Annual returns of the Patna Lunatic Asylum at Bankipore in Bihar and Orissa - 1912-1924
Year: 1912
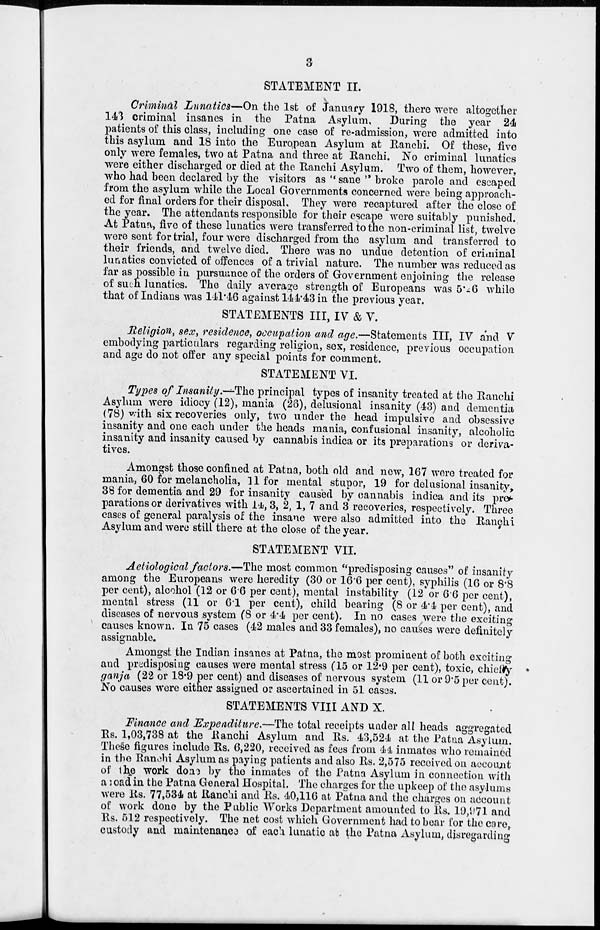
3
STATEMENT II.
Criminal Lunatics—On the 1st of January 1918, there were altogether
143 criminal insanes in the Patna Asylum.
During the year 24
patients of this class, including one case of re-admission, were admitted into
this asylum and 18 into the European Asylum at Ranchi. Of these, five
only were females, two at Patna and three at Ranchi. No criminal lunatics
were either discharged or died at the Ranchi Asylum. Two of them, however,
who had been declared by the visitors as " sane " broke parole and escaped
from the asylum while the Local Governments concerned were being approach-
ed for final orders for their disposal. They were recaptured after the close of
the year. The attendants responsible for their escape were suitably punished.
At Patna, five of these lunatics were transferred to the non-criminal list, twelve
were sent for trial, four were discharged from the asylum and transferred to
their friends, and twelve died. There was no undue detention of criminal
lunatics convicted of offences of a trivial nature. The number was reduced as
far as possible in pursuance of the orders of Government enjoining the release
of such lunatics. The daily average strength of Europeans was 5.-6 while
that of Indians was 141.46 against 144.43 in the previous year.
STATEMENTS III, IV & V.
Religion, sex, residence, occupation and age.—Statements III, IV and V
embodying particulars regarding religion, sex, residence, previous occupation
and age do not offer any special points for comment.
STATEMENT VI.
Types of Insanity.—The principal types of insanity treated at the Ranchi
Asylum were idiocy (12), mania (26), delusional insanity (43) and dementia
(78) with six recoveries only, two under the head impulsive and obsessive
insanity and one each under the heads mania, confusional insanity, alcoholic
insanity and insanity caused by cannabis indica or its preparations or deriva-
tives.
Amongst those confined at Patna, both old and new, 167 were treated for
mania, 60 for melancholia, 11 for mental stupor, 19 for delusional insanity,
38 for dementia and 29 for insanity caused by cannabis indica and its pre-
parations or derivatives with 14, 3, 2, 1, 7 and 3 recoveries, respectively. Three
cases of general paralysis of the insane were also admitted into the Ranchi
Asylum and were still there at the close of the year.
STATEMENT VII.
Aetiological factors.—The most common "predisposing causes" of insanity
among the Europeans were heredity (30 or 16.6 per cent), syphilis (16 or 8.8
per cent), alcohol (12 or 6.6 per cent), mental instability (12 or 6.6 per cent),
mental stress (11 or 6.1 per cent), child bearing (8 or 4.4 per cent), and
diseases of nervous system (8 or 4.4 per cent). In no cases were the exciting
causes known. In 75 cases (42 males and 33 females), no causes were definitely
assignable.
Amongst the Indian insanes at Patna, the most prominent of both exciting
and predisposing causes were mental stress (15 or 12.9 per cent), toxic, chiefly
ganja (22 or 18.9 per cent) and diseases of nervous system (11 or 9.5 per cent).
No causes were either assigned or ascertained in 51 cases.
STATEMENTS VIII AND X.
Finance and Expenditure.—The total receipts under all heads aggregated
Rs. 1,03,738 at the Ranchi Asylum and Rs. 43,524 at the Patna Asylum.
These figures include Rs. 6,220, received as fees from 44 inmates who remained
in the Ranchi Asylum as paying patients and also Rs. 2,575 received on account
of the work done by the inmates of the Patna Asylum in connection with
a road in the Patna General Hospital. The charges for the upkeep of the asylums
were Rs. 77,534 at Ranchi and Rs. 40,116 at Patna and the charges on account
of work done by the Public Works Department amounted to Rs. 19,971 and
Rs. 512 respectively. The net cost which Government had to bear for the care,
custody and maintenance of each lunatic at the Patna Asylum, disregarding